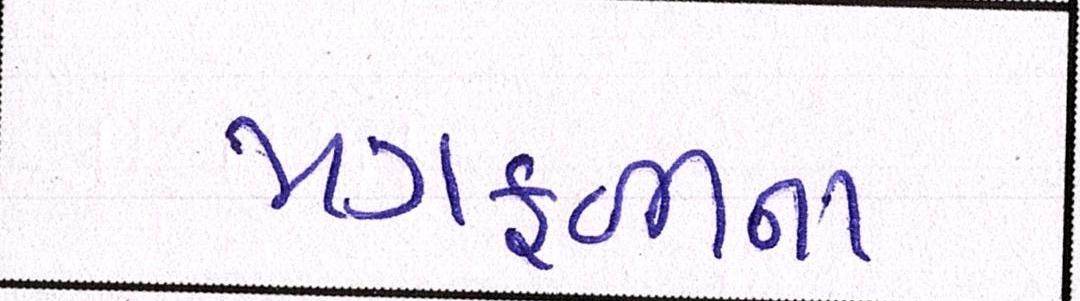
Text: મગફળીના